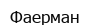
Фаерман